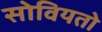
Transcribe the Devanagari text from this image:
सोवियतो